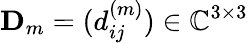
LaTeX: \mathbf D_{m}=(d_{ij}^{(m)})\in\mathbb{C}^{3\times 3}